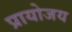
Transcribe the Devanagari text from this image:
प्रायोजय